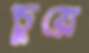
চুয়ে